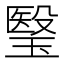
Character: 瑿